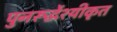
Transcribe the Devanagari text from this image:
पुनरूर्द्धेश्यीकृत